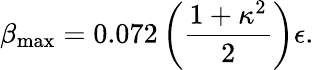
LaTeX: \beta_{\mathrm{max}}=0.072\left({\frac{1+\kappa^{2}}{2}}\right)\epsilon.